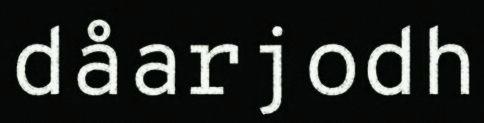
dåarjodh